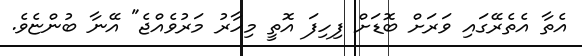
އެތާ އެތެރޭގައި ވަރަށް ބޮޑަށް ފިހިފަ އޮތީ މިހާރު މަރުވެއްޖެ" އޭނާ ބުންޏެވެ.